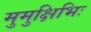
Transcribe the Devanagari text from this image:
मुमुक्षिभिः